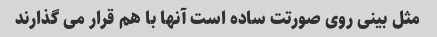
مثل بینی روی صورتت ساده است آنها با هم قرار می گذارند